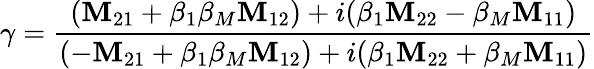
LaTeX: \gamma=\frac{(\texttt{\textbf{M}}_{21}+\beta_{1}\beta_{M}\texttt{\textbf{M}}_{12})+i(\beta_{1}\texttt{\textbf{M}}_{22}-\beta_{M}\texttt{\textbf{M}}_{11})}{(-\texttt{\textbf{M}}_{21}+\beta_{1}\beta_{M}\texttt{\textbf{M}}_{12})+i(\beta_{1}\texttt{\textbf{M}}_{22}+\beta_{M}\texttt{\textbf{M}}_{11})}